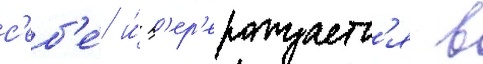
с'еб'е́ и́ п'ер'ерождаетс'я в